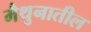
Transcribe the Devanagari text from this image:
मैथुनातील